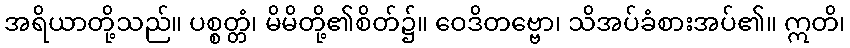
အရိယာတို့သည်။ ပစ္စတ္တံ၊ မိမိတို့၏စိတ်၌။ ဝေဒိတဗ္ဗော၊ သိအပ်ခံစားအပ်၏။ ဣတိ၊